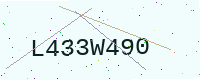
Text: L433W490